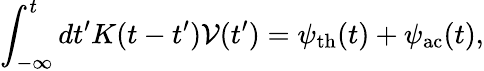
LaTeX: \int_{-\infty}^{t}dt^{\prime}K(t-t^{\prime})\mathcal{V}(t^{\prime})=\psi_{\mathrm{{th}}}(t)+\psi_{\mathrm{{ac}}}(t),